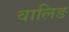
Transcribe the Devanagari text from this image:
वालिङ